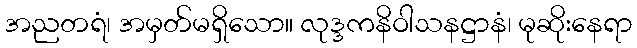
အညတရံ၊ အမှတ်မရှိသော။ လုဒ္ဒကနိဝါသနဋ္ဌာနံ၊ မုဆိုးနေရာ